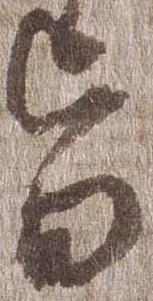
旨